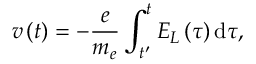
v \left( t \right) = - \frac { e } { m _ { e } } \int _ { t ^ { \prime } } ^ { t } E _ { L } \left( \tau \right) \mathrm { d } \tau ,